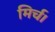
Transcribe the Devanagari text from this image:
मिर्च।